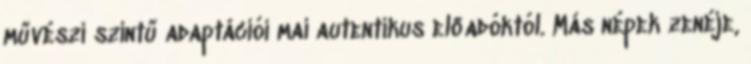
művészi szintű adaptációi mai autentikus előadóktól. Más népek zenéje,